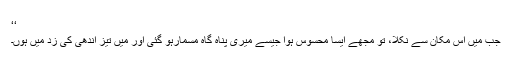
‘‘
جب میں اس مکان سے نکلا، تو مجھے ایسا محسوس ہوا جیسے میری پناہ گاہ مسمارہو گئی اور میں تیز آندھی کی زد میں ہوں۔